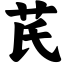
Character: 芪